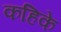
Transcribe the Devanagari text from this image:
कहिके